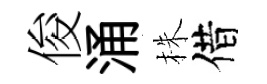
俊涌株借